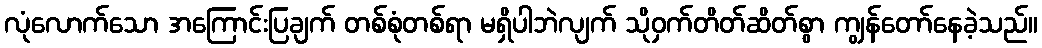
လုံလောက်သော အကြောင်းပြချက် တစ်စုံတစ်ရာ မရှိပါဘဲလျက် သိုဝှက်တိတ်ဆိတ်စွာ ကျွန်တော်နေခဲ့သည်။